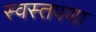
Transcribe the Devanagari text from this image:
स्वस्तपणा